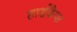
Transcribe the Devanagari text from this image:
हार्डकैप्स